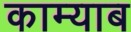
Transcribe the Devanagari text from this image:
काम्याब